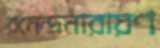
রমেন্দ্রনারায়ণ